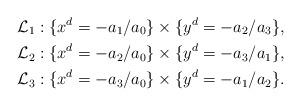
LaTeX: \begin{align*} \mathcal{L}_1 &: \{ x^d = -a_1/a_0 \} \times \{ y^d = - a_2/a_3 \}, \\\mathcal{L}_2 &: \{ x^d = -a_2/a_0 \} \times \{ y^d = - a_3/a_1 \}, \\\mathcal{L}_3 &: \{ x^d = -a_3/a_0 \} \times \{ y^d = - a_1/a_2 \}. \end{align*}